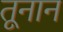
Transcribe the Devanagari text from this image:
तूनान